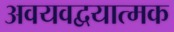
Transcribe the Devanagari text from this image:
अवयवद्वयात्मक